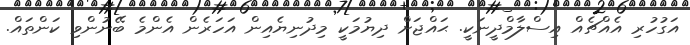
އަގުހުރި އެއްޗެއް އިސްލާމްދީނަކީ. ޙައްޖަށް ދިޔުމަކީ މިދުނިޔެއިން އަހަރެން އެންމެ ބޭނުންވި ކަންތައް.